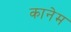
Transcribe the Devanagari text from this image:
कानेम